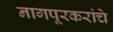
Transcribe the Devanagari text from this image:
नागपूरकरांचे